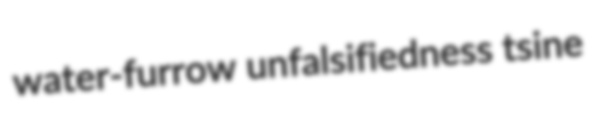
water-furrow unfalsifiedness tsine